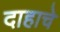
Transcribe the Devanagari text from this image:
दाहाचे